Annual report of the Punjab Veterinary College and of the Civil Veterinary Department, Punjab - 1926-1932
Year: 1926
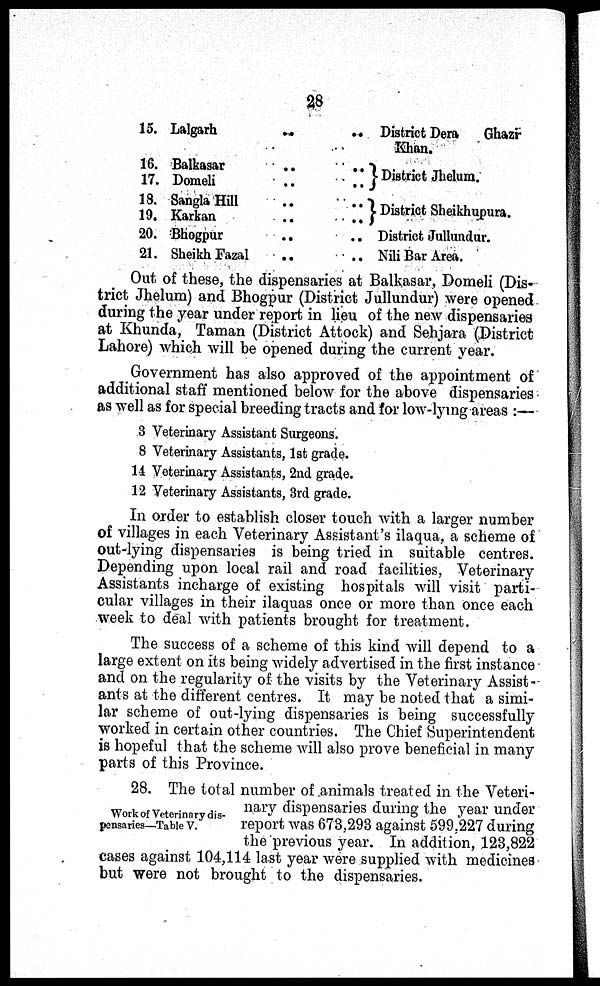
28
15.
16.
17.
18.
19.
20.
21.
Lalgarh . . . .
Balkasar . . . .
Domeli . . . .
Sangla Hill . . . .
Karkan . . . .
Bhogpur . . . .
Sheikh Fazal . . . .
District Dera
Ghazi
Khan.
District Jhelum.
District Sheikhupura.
District Jullundur.
Nili Bar Area.
Out of these, the dispensaries at Balkasar, Domeli (Dis-
trict Jhelum) and Bhogpur (District Jullundur) were opened
during the year under report in lieu of the new dispensaries
at Khunda, Taman (District Attock) and Sehjara (District
Lahore) which will be opened during the current year.
Government has also approved of the appointment of
additional staff mentioned below for the above dispensaries
as well as for special breeding tracts and for low-lying areas:—
3
8
14
12
Veterinary Assistant Surgeons.
Veterinary Assistants, 1st grade.
Veterinary Assistants, 2nd grade.
Veterinary Assistants, 3rd grade.
In order to establish closer touch with a larger number
of villages in each Veterinary Assistant's ilaqua, a scheme of
out-lying dispensaries is being tried in suitable centres.
Depending upon local rail and road facilities, Veterinary
Assistants incharge of existing hospitals will visit parti-
cular villages in their ilaquas once or more than once each
week to deal with patients brought for treatment.
The success of a scheme of this kind will depend to a
large extent on its being widely advertised in the first instance
and on the regularity of the visits by the Veterinary Assist-
ants at the different centres. It may be noted that a simi-
lar scheme of out-lying dispensaries is being successfully
worked in certain other countries. The Chief Superintendent
is hopeful that the scheme will also prove beneficial in many
parts of this Province.
Work of Veterinary dis-
pensaries—Table V.
28. The total number of animals treated in the Veteri-
nary dispensaries during the year under
report was 673,293 against 599,227 during
the previous year. In addition, 123,822
cases against 104,114 last year were supplied with medicines
but were not brought to the dispensaries.